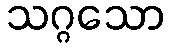
သဂ္ဂသော